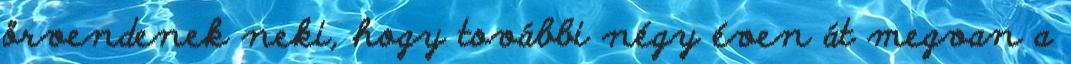
örvendenek neki, hogy további négy éven át megvan a